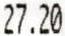
27.20